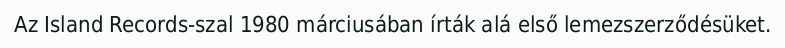
Az Island Records-szal 1980 márciusában írták alá első lemezszerződésüket.